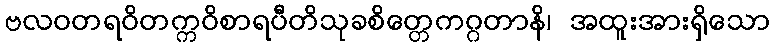
ဗလဝတရဝိတက္ကဝိစာရပီတိသုခစိတ္တေကဂ္ဂတာနိ၊ အထူးအားရှိသော